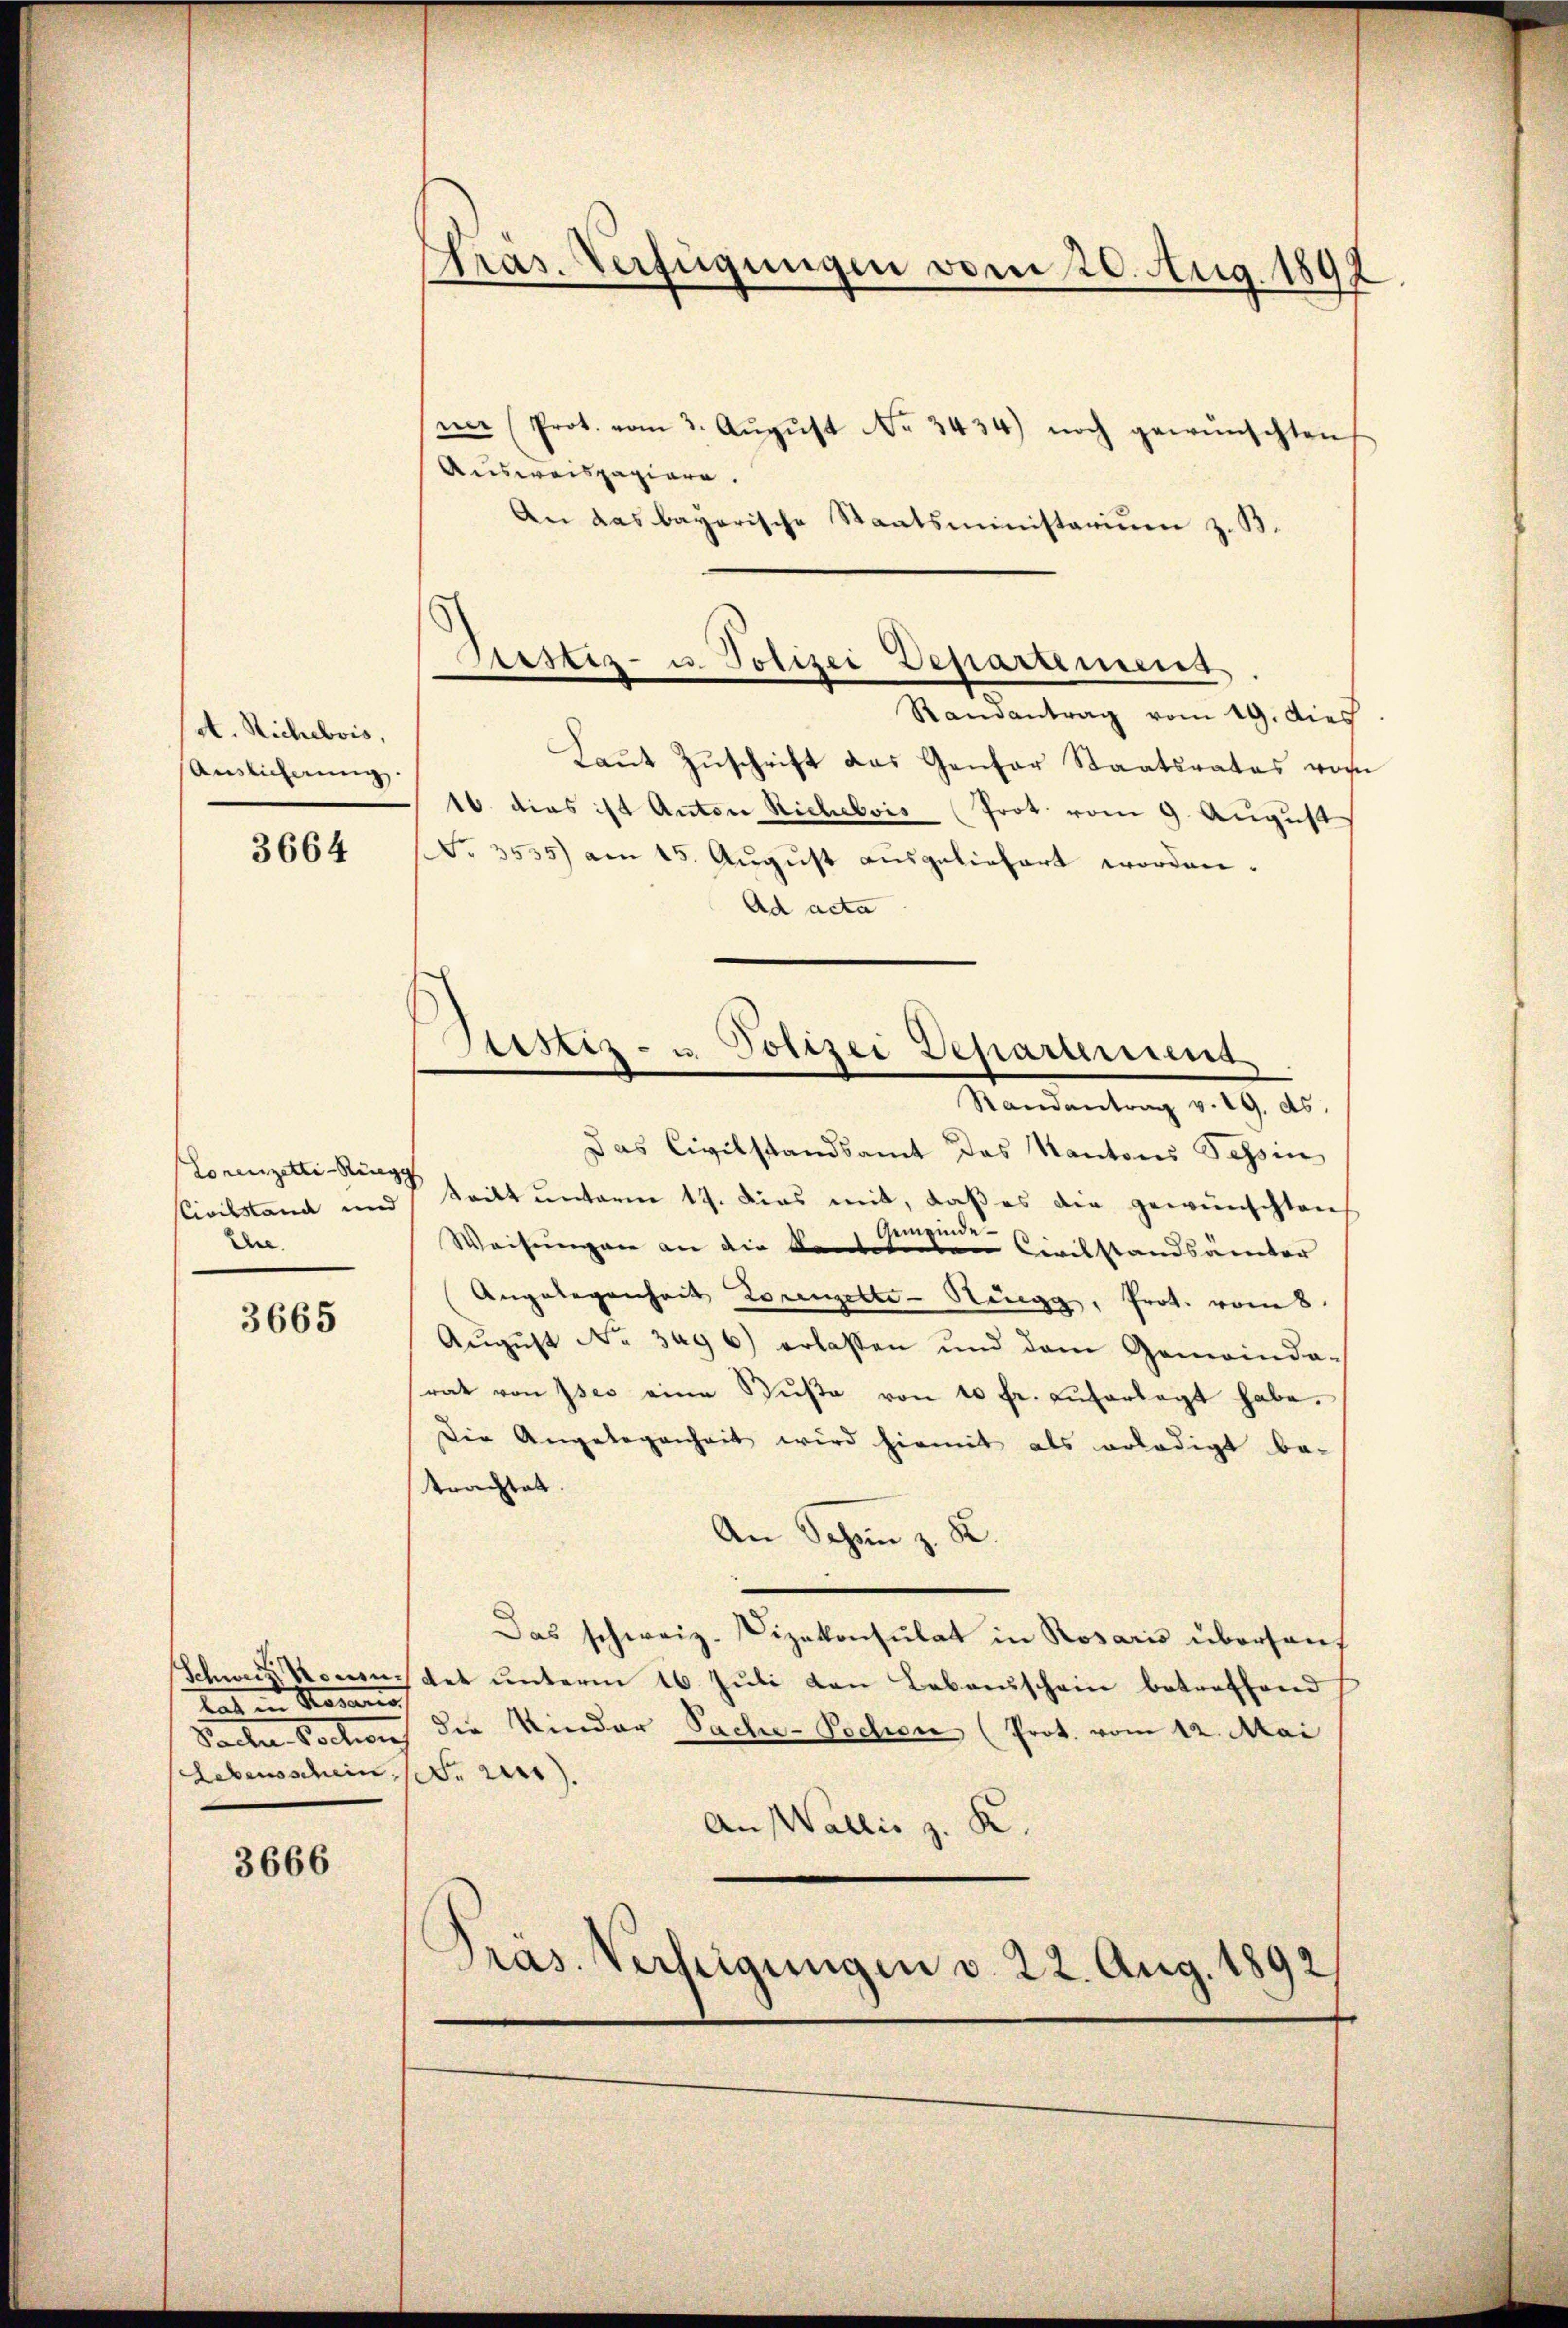
A. Richebois,
Auslicherung.

3664

Lorenzetti-Ringg
Civilstand und
Ehe.

3665

Schweiz vorzu¬
Rat Magaris
Pacter Vortrag
Lebensschein,

3666

Pras. Verfügungen vom 20. Aug. 1892

ner (Prot. vom 3. Aŭgŭst No. 3434) noch gewünschten
Ausweispapiere.
An das bayerische Staatsministarium z. B.
Randantrag vom 19. dies
Laut Zuschrift das Genfer Staatsrates vom
16. dies ist Anton Richebois (Prot. vom 9. August
No. 3535) am 15. August ausgeliefert worden.
Ad acta
Randantrag v. 19. ds.
Das Civilstandsamt das Kantons Tessin
tritt unterm 19. Dies mit, daß es die gewünschten
Weisungen an die des Ganzen Civilstandsamter
Angelegenheit Lorenzelte - Ringg, Prot. vom 8.
Aŭgŭst No. 349 6) erlassen und dem Gemeinda-
rat von Ises eine Bŭβe von 10 fr. aŭferlegt habe.
Die Angelegenheit wird hiemit als erledigt be-
trachtet.
An Schön z. B.
Das schweiz. Vizekonsulat in Rosaris übersauf
tet unterm 16. Juli den Lebaeuschein betreffend
die Kinder Sache-Pochen (Prot. vom 12. Mai
Nr 2).
An Wallis z. K.
Präs. Verhigungen v. 22. Aug. 1892.

Justiz- u. Polizei Departement
e

Sistiz- u. Polizei Departement